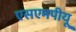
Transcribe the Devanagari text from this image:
एसएमपीयू